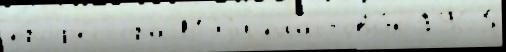
проф'е́ссора МЭjи пластовы́х 1963